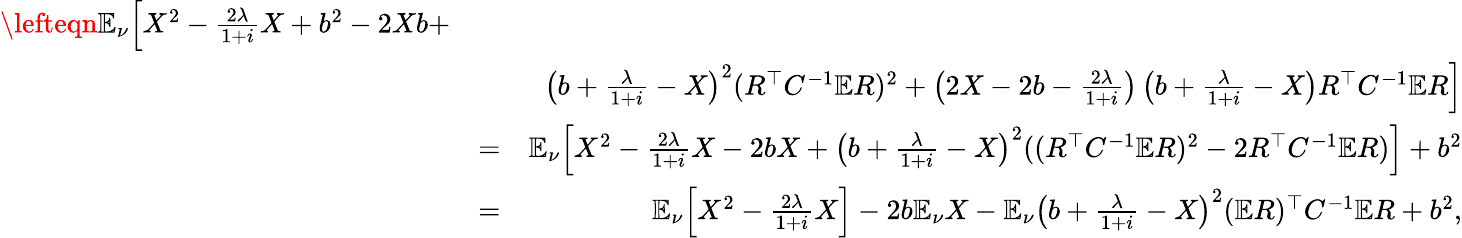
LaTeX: \begin{array}{rlr}{\lefteqn{\mathbb{E}_{\nu}\Big[X^{2}-\frac{2\lambda}{1+i}X+b^{2}-2Xb+}}\\ &{}&{\left(b+\frac\lambda{1+i}-X\right)^{2}(R^{\top}C^{-1}\mathbb{E}R)^{2}+\left(2X-2b-\frac{2\lambda}{1+i}\right)\left(b+\frac\lambda{1+i}-X\right)R^{\top}C^{-1}\mathbb{E}R\Big]}\\ &{=}&{\mathbb{E}_{\nu}\Big[X^{2}-\frac{2\lambda}{1+i}X-2bX+\left(b+\frac\lambda{1+i}-X\right)^{2}((R^{\top}C^{-1}\mathbb{E}R)^{2}-2R^{\top}C^{-1}\mathbb{E}R)\Big]+b^{2}}\\ &{=}&{\mathbb{E}_{\nu}\Big[X^{2}-\frac{2\lambda}{1+i}X\Big]-2b\mathbb{E}_{\nu}X-\mathbb{E}_{\nu}\left(b+\frac\lambda{1+i}-X\right)^{2}(\mathbb{E}R)^{\top}C^{-1}\mathbb{E}R+b^{2},}\end{array}